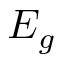
E _ { g }